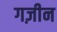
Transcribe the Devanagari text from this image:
गज़ीन